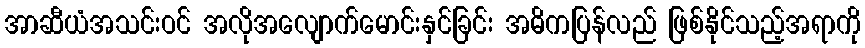
အာဆီယံအသင်းဝင် အလိုအလျောက်မောင်းနှင်ခြင်း အဓိကပြန်လည် ဖြစ်နိုင်သည့်အရာကို